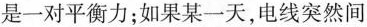
是一对平衡力；如果某一天，电线突然间